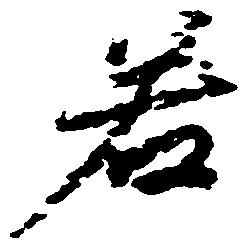
若